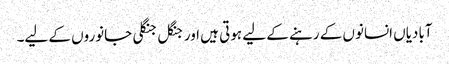
آبادیاں انسانوں کے رہنے کے لیے ہوتی ہیں اور جنگل جنگلی جانوروں کے لیے۔